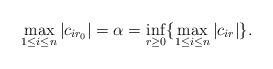
LaTeX: \begin{align*}\max_{1 \leq i \leq n} |c_{ir_0}| = \alpha = \inf_{r \geq 0} \{\max_{1 \leq i \leq n} |c_{ir}|\}.\end{align*}